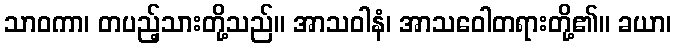
သာဝကာ၊ တပည့်သားတို့သည်။ အာသဝါနံ၊ အာသဝေါတရားတို့၏။ ခယာ၊